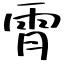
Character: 𫕟